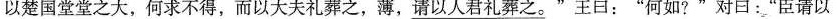
以楚国堂堂之大，何求不得，而以大夫礼葬之，薄，\underline{请以人君礼葬之。}”王日：”何如?”对口：”臣请以